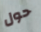
حول